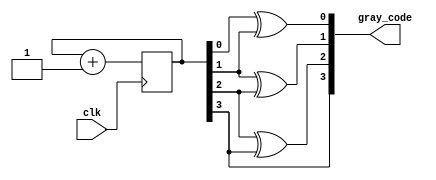
module gray_counter (
    input wire clk,
    output reg [3:0] gray_code
);

reg [3:0] q;

always @(posedge clk) begin
    q <= q + 4'b1;
end

assign gray_code[0] = q[0] ^ q[1];
assign gray_code[1] = q[1] ^ q[2];
assign gray_code[2] = q[2] ^ q[3];
assign gray_code[3] = q[3];

endmodule